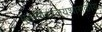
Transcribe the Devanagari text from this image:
महाविद्यालयशासकीय